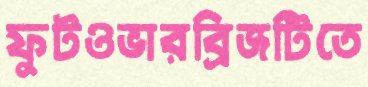
ফুটওভারব্রিজটিতে